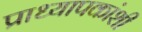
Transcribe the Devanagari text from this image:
प्राध्यापकांशी